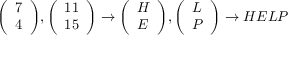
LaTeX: { \left( \begin{array} { l } { 7 } \\ { 4 } \end{array} \right) } , { \left( \begin{array} { l } { 1 1 } \\ { 1 5 } \end{array} \right) } \to { \left( \begin{array} { l } { H } \\ { E } \end{array} \right) } , { \left( \begin{array} { l } { L } \\ { P } \end{array} \right) } \to H E L P